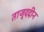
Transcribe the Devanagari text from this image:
ताजु्ददीन